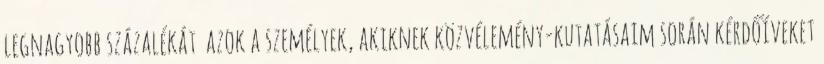
legnagyobb százalékát azok a személyek, akiknek közvélemény-kutatásaim során kérdőíveket